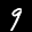
Label: 9